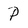
Character: P